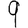
Digit: 9